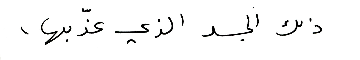
ذلك الجسد الذي  عذّبها،